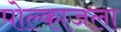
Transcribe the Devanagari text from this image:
पोल्काजला